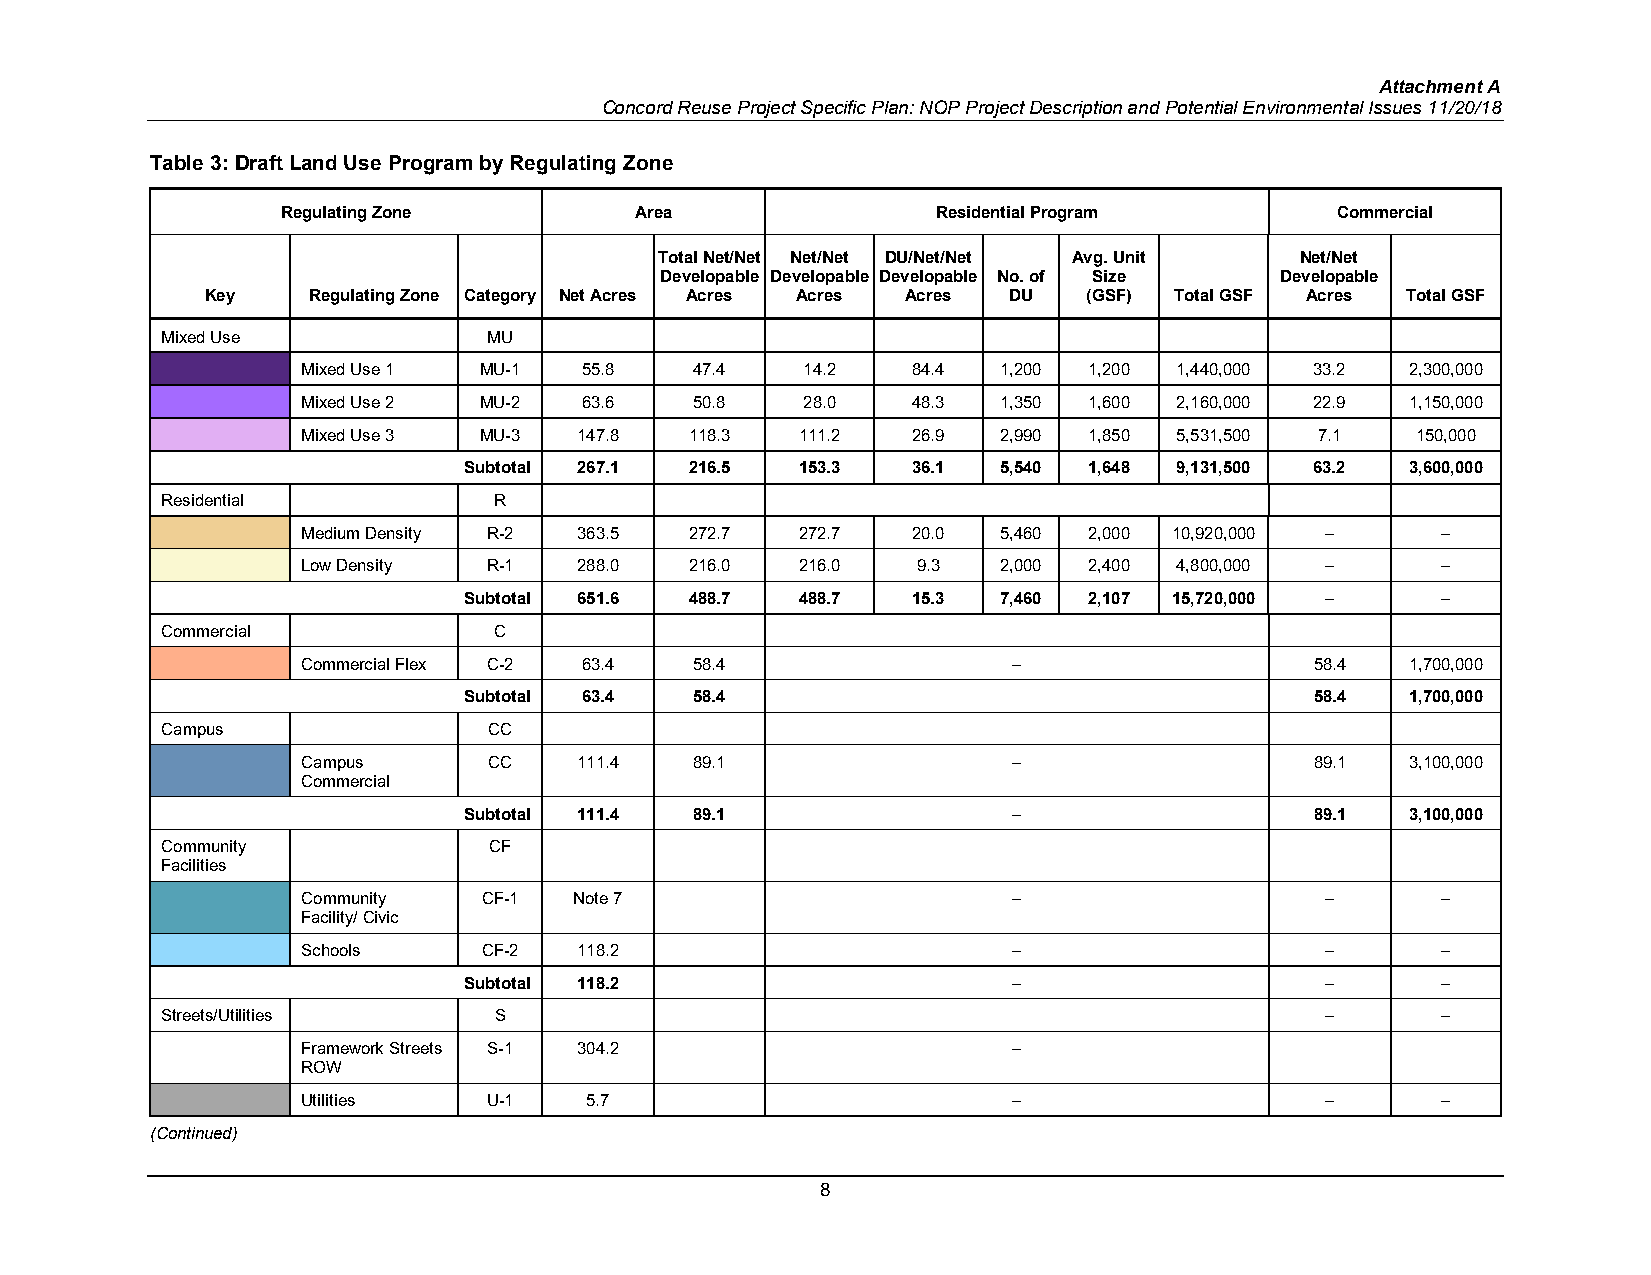
Attachment A
 Concord Reuse Project Specific Plan: NOP Project Description and Potential Environmental Issues 11/20/18
 Table 3: Draft Land Use Program by Regulating Zone
 Regulating Zone        Area                Residential Program       Commercial
 Total Net/Net Net/Net DU/Net/Net Avg. Unit Net/Net
 Developable Developable Developable No. of Size Developable
 Key   Regulating Zone Category Net Acres Acres Acres Acres DU (GSF) Total GSF Acres Total GSF
 Mixed Use            MU
 Mixed Use 1 MU-1  55.8    47.4   14.2   84.4  1,200 1,200 1,440,000 33.2 2,300,000
 Mixed Use 2 MU-2  63.6    50.8   28.0   48.3  1,350 1,600 2,160,000 22.9 1,150,000
 Mixed Use 3 MU-3  147.8   118.3  111.2  26.9  2,990 1,850 5,531,500 7.1   150,000
 Subtotal 267.1 216.5  153.3  36.1  5,540 1,648 9,131,500 63.2 3,600,000
 Residential           R
 Medium Density R-2 363.5  272.7  272.7  20.0  5,460 2,000 10,920,000 –     –
 Low Density R-1   288.0   216.0  216.0   9.3  2,000 2,400 4,800,000 –      –
 Subtotal 651.6 488.7  488.7  15.3  7,460 2,107 15,720,000 –     –
 Commercial            C
 Commercial Flex C-2 63.4  58.4                 –                   58.4  1,700,000
 Subtotal 63.4  58.4                                     58.4  1,700,000
 Campus               CC
 Campus      CC    111.4   89.1                 –                   89.1  3,100,000
 Commercial
 Subtotal 111.4 89.1                 –                   89.1  3,100,000
 Community            CF
 Facilities
 Community   CF-1  Note 7                       –                    –      –
 Facility/ Civic
 Schools     CF-2  118.2                        –                    –      –
 Subtotal 118.2                      –                    –      –
 Streets/Utilities     S                                                      –      –
 Framework Streets S-1 304.2                    –
 ROW
 Utilities   U-1    5.7                         –                    –      –
 (Continued)
 8